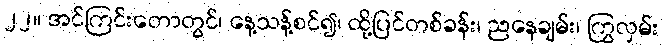
၂၂။ အင်ကြင်းတောတွင်၊ နေ့သန့်စင်၍၊ ထို့ပြင်တစ်ခန်း၊ ညနေချမ်း၊ ကြွလှမ်း